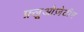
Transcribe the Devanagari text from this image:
फ़्लूओज़ेटीन